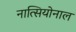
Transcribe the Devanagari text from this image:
नात्सियोनाल